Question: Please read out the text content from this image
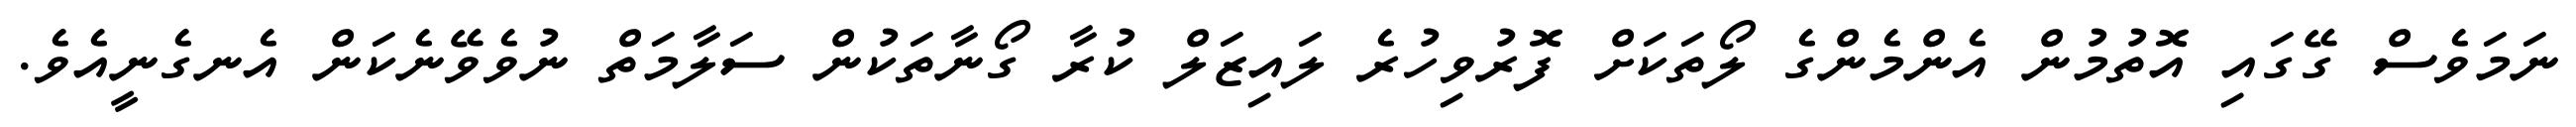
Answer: ނަމަވެސް ގޭގައި އޮތުމުން އެންމެންގެ ލޯތަކަށް ފޮރުވިހުރެ ލައިޒަލް ކުރާ ގޯނާތަކުން ސަލާމަތް ނުވެވޭނެކަން އެނގެނީއެވެ.